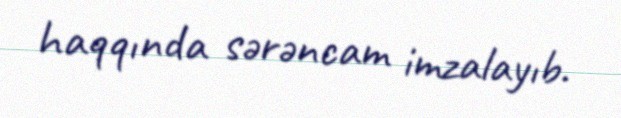
haqqında sərəncam imzalayıb.